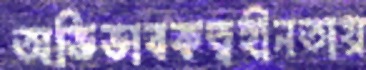
অভিভাবকত্বহীনতায়